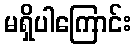
မရှိပါကြောင်း